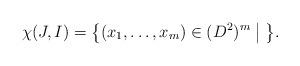
LaTeX: \begin{align*}\chi(J, I) = \big\{(x_1, \ldots, x_m) \in (D^2)^m\;\big|\; \big\}.\end{align*}